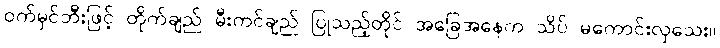
ဝက်မှင်ဘီးဖြင့် တိုက်ချည် မီးကင်ချည် ပြုသည့်တိုင် အခြေအနေက သိပ် မကောင်းလှသေး။